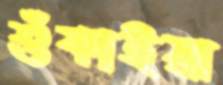
শুঁকাইয়া